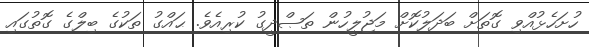
ހުށަހެޅުއްވި ގޮތަށް ބަދަލުކޮށް މަޖުލީހުން ތަޞްދީގު ކުރިއެވެ. ޙައްގު ތަކުގެ ބިލްގެ ގޮތުގައި